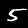
Digit: 5